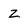
Character: Z